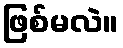
ဖြစ်မလဲ။